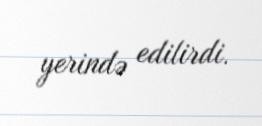
yerində edilirdi.